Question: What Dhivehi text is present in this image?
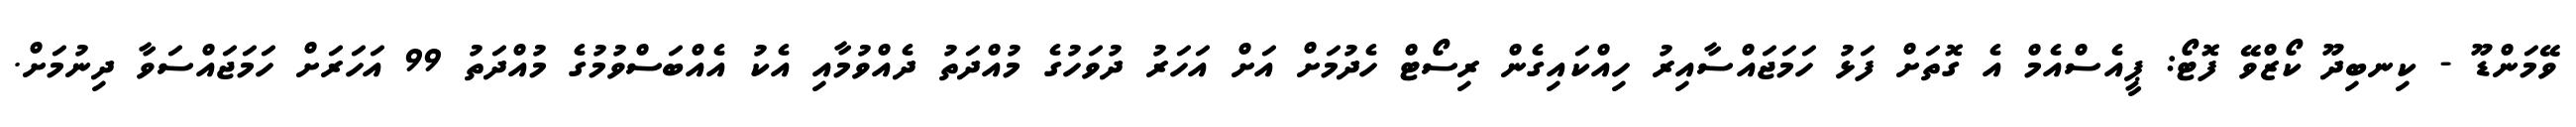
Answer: ވޭމަންޑޫ - ކިނބިދޫ ކޯޒްވޭ ފޮޓޯ: ޕީއެސްއެމް އެ ގޮތަށް ފަޅު ހަމަޖައްސާއިރު ހިއްކައިގެން ރިސޯޓް ހެދުމަށް އަށް އަހަރު ދުވަހުގެ މުއްދަތު ދެއްވުމާއި އެކު އެއްބަސްވުމުގެ މުއްދަތު 99 އަހަރަށް ހަމަޖައްސަވާ ދިނުމަށް.